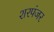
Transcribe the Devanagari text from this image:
शरपंजर